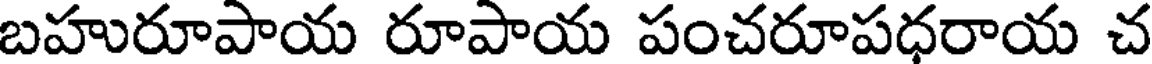
బహురూపాయ రూపాయ పంచరూపధరాయ చ